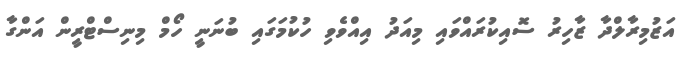
އަޒުމިރާލްދާ ޒާހިރު ސޮއިކުރައްވައި މިއަދު އިއްވެވި ހުކުމަގައި ބުނަނީ ހޯމް މިނިސްޓްރީން އަންގާ